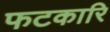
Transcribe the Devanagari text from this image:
फटकारि